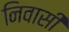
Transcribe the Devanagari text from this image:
निवासीं